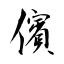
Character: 儐